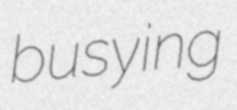
busying